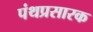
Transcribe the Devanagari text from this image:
पंथप्रसारक